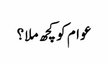
عوام کو کچھ ملا؟